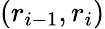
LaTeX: (r_{i-1},r_{i})